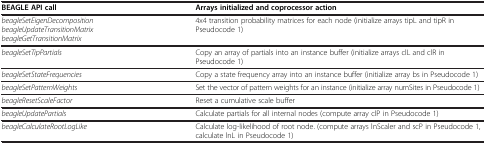
<table><thead><tr><td><b>BEAGLE API call</b></td><td><b>Arrays initialized and coprocessor action</b></td></tr></thead><tbody><tr><td><i>beagleSetEigenDecomposition beagleUpdateTransitionMatrix beagleGetTransitionMatrix</i></td><td>4x4 transition probability matrices for each node (initialize arrays tipL and tipR in Pseudocode 1)</td></tr><tr><td><i>beagleSetTipPartials</i></td><td>Copy an array of partials into an instance buffer (initialize arrays clL and clR in Pseudocode 1)</td></tr><tr><td><i>beagleSetStateFrequencies</i></td><td>Copy a state frequency array into an instance buffer (initialize array bs in Pseudocode 1)</td></tr><tr><td><i>beagleSetPatternWeights</i></td><td>Set the vector of pattern weights for an instance (initialize array numSites in Pseudocode 1)</td></tr><tr><td><i>beagleResetScaleFactor</i></td><td>Reset a cumulative scale buffer</td></tr><tr><td><i>beagleUpdatePartials</i></td><td>Calculate partials for all internal nodes (compute array clP in Pseudocode 1)</td></tr><tr><td><i>beagleCalculateRootLogLike</i></td><td>Calculate log-likelihood of root node. (compute arrays lnScaler and scP in Pseudocode 1, calculate lnL in Pseudocode 1)</td></tr></tbody></table>